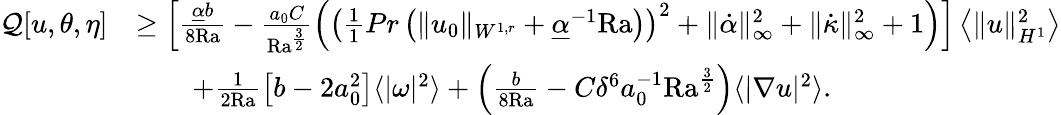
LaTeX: \begin{array}{rl}{\mathcal{Q}[u,\theta,\eta]}&{\geq\left[\frac{\underline{{\alpha}}b}{8\mathrm{{Ra}}}-\frac{a_{0}C}{{\mathrm{Ra}}^{\frac{3}{2}}}\left(\left(\frac{1}{1}{{Pr}}\left(\| u_{0}\| _{W^{1,r}}+\underline{{\alpha}}^{-1}{\mathrm{Ra}}\right)\right)^{2}+\| \dot{\alpha}\| _{\infty}^{2}+\| \dot{\kappa}\| _{\infty}^{2}+1\right)\right]\left\langle\| u\| _{H^{1}}^{2}\right\rangle}\\ &{\qquad+\frac{1}{2\mathrm{{Ra}}}\left[b-2a_{0}^{2}\right]\langle|\omega|^{2}\rangle+\left(\frac{b}{8{\mathrm{Ra}}}-C\delta^{6}a_{0}^{-1}\mathrm{{Ra}}^{\frac{3}{2}}\right)\langle|\nabla u|^{2}\rangle.}\end{array}